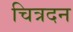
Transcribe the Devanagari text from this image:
चित्रदन